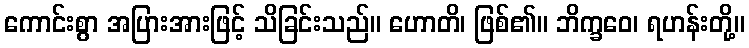
ကောင်းစွာ အပြားအားဖြင့် သိခြင်းသည်။ ဟောတိ၊ ဖြစ်၏။ ဘိက္ခဝေ၊ ရဟန်းတို့။